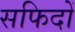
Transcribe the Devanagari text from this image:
सफिदों